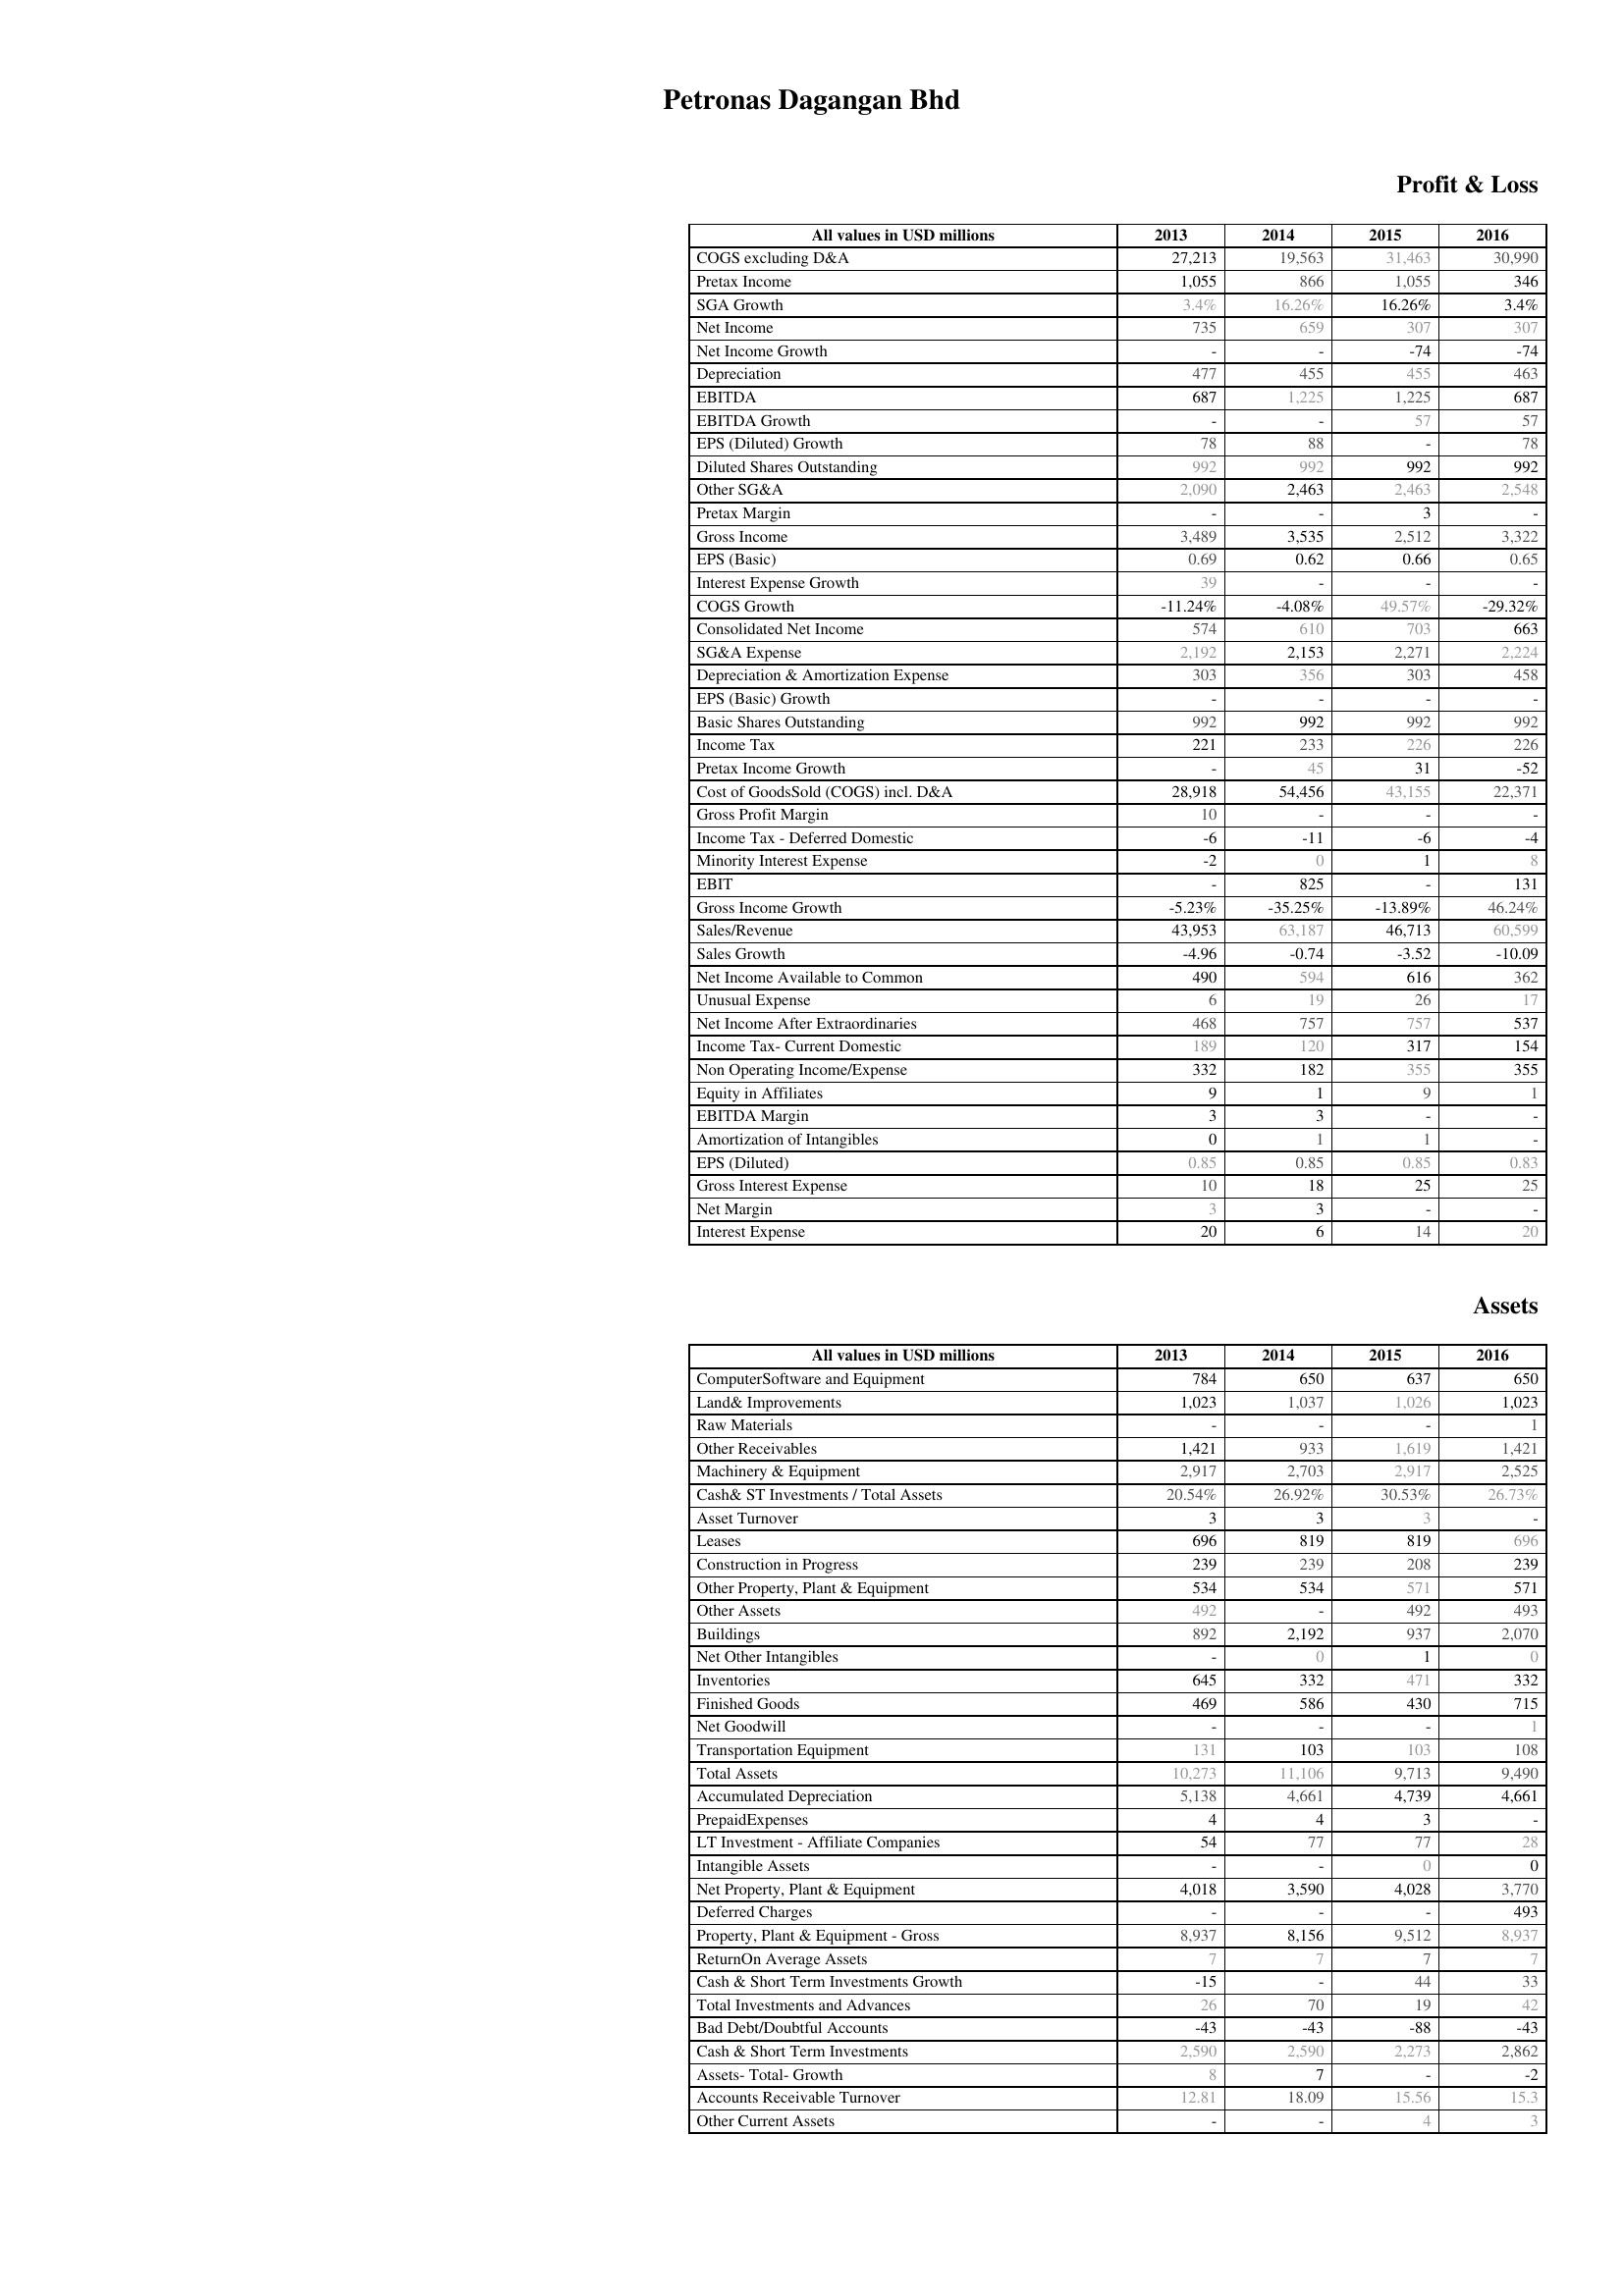
2013: Profit & Loss: COGS excluding D&A: 27,213
Pretax Income: 1,055
SGA Growth: 3.4%
Net Income: 735
Net Income Growth: -
Depreciation: 477
EBITDA: 687
EBITDA Growth: -
EPS (Diluted) Growth: 78
Diluted Shares Outstanding: 992
Other SG&A: 2,090
Pretax Margin: -
Gross Income: 3,489
EPS (Basic): 0.69
Interest Expense Growth: 39
COGS Growth: -11.24%
Consolidated Net Income: 574
SG&A Expense: 2,192
Depreciation & Amortization Expense: 303
EPS (Basic) Growth: -
Basic Shares Outstanding: 992
Income Tax: 221
Pretax Income Growth: -
Cost of GoodsSold (COGS) incl. D&A: 28,918
Gross Profit Margin: 10
Income Tax - Deferred Domestic: -6
Minority Interest Expense: -2
EBIT: -
Gross Income Growth: -5.23%
Sales/Revenue: 43,953
Sales Growth: -4.96
Net Income Available to Common: 490
Unusual Expense: 6
Net Income After Extraordinaries: 468
Income Tax- Current Domestic: 189
Non Operating Income/Expense: 332
Equity in Affiliates: 9
EBITDA Margin: 3
Amortization of Intangibles: 0
EPS (Diluted): 0.85
Gross Interest Expense: 10
Net Margin: 3
Interest Expense: 20
Assets: ComputerSoftware and Equipment: 784
Land& Improvements: 1,023
Raw Materials: -
Other Receivables: 1,421
Machinery & Equipment: 2,917
Cash& ST Investments / Total Assets: 20.54%
Asset Turnover: 3
Leases: 696
Construction in Progress: 239
Other Property, Plant & Equipment: 534
Other Assets: 492
Buildings: 892
Net Other Intangibles: -
Inventories: 645
Finished Goods: 469
Net Goodwill: -
Transportation Equipment: 131
Total Assets: 10,273
Accumulated Depreciation: 5,138
PrepaidExpenses: 4
LT Investment - Affiliate Companies: 54
Intangible Assets: -
Net Property, Plant & Equipment: 4,018
Deferred Charges: -
Property, Plant & Equipment - Gross : 8,937
ReturnOn Average Assets: 7
Cash & Short Term Investments Growth: -15
Total Investments and Advances: 26
Bad Debt/Doubtful Accounts: -43
Cash & Short Term Investments: 2,590
Assets- Total- Growth: 8
Accounts Receivable Turnover: 12.81
Other Current Assets: -
2014: Profit & Loss: COGS excluding D&A: 19,563
Pretax Income: 866
SGA Growth: 16.26%
Net Income: 659
Net Income Growth: -
Depreciation: 455
EBITDA: 1,225
EBITDA Growth: -
EPS (Diluted) Growth: 88
Diluted Shares Outstanding: 992
Other SG&A: 2,463
Pretax Margin: -
Gross Income: 3,535
EPS (Basic): 0.62
Interest Expense Growth: -
COGS Growth: -4.08%
Consolidated Net Income: 610
SG&A Expense: 2,153
Depreciation & Amortization Expense: 356
EPS (Basic) Growth: -
Basic Shares Outstanding: 992
Income Tax: 233
Pretax Income Growth: 45
Cost of GoodsSold (COGS) incl. D&A: 54,456
Gross Profit Margin: -
Income Tax - Deferred Domestic: -11
Minority Interest Expense: 0
EBIT: 825
Gross Income Growth: -35.25%
Sales/Revenue: 63,187
Sales Growth: -0.74
Net Income Available to Common: 594
Unusual Expense: 19
Net Income After Extraordinaries: 757
Income Tax- Current Domestic: 120
Non Operating Income/Expense: 182
Equity in Affiliates: 1
EBITDA Margin: 3
Amortization of Intangibles: 1
EPS (Diluted): 0.85
Gross Interest Expense: 18
Net Margin: 3
Interest Expense: 6
Assets: ComputerSoftware and Equipment: 650
Land& Improvements: 1,037
Raw Materials: -
Other Receivables: 933
Machinery & Equipment: 2,703
Cash& ST Investments / Total Assets: 26.92%
Asset Turnover: 3
Leases: 819
Construction in Progress: 239
Other Property, Plant & Equipment: 534
Other Assets: -
Buildings: 2,192
Net Other Intangibles: 0
Inventories: 332
Finished Goods: 586
Net Goodwill: -
Transportation Equipment: 103
Total Assets: 11,106
Accumulated Depreciation: 4,661
PrepaidExpenses: 4
LT Investment - Affiliate Companies: 77
Intangible Assets: -
Net Property, Plant & Equipment: 3,590
Deferred Charges: -
Property, Plant & Equipment - Gross : 8,156
ReturnOn Average Assets: 7
Cash & Short Term Investments Growth: -
Total Investments and Advances: 70
Bad Debt/Doubtful Accounts: -43
Cash & Short Term Investments: 2,590
Assets- Total- Growth: 7
Accounts Receivable Turnover: 18.09
Other Current Assets: -
2015: Profit & Loss: COGS excluding D&A: 31,463
Pretax Income: 1,055
SGA Growth: 16.26%
Net Income: 307
Net Income Growth: -74
Depreciation: 455
EBITDA: 1,225
EBITDA Growth: 57
EPS (Diluted) Growth: -
Diluted Shares Outstanding: 992
Other SG&A: 2,463
Pretax Margin: 3
Gross Income: 2,512
EPS (Basic): 0.66
Interest Expense Growth: -
COGS Growth: 49.57%
Consolidated Net Income: 703
SG&A Expense: 2,271
Depreciation & Amortization Expense: 303
EPS (Basic) Growth: -
Basic Shares Outstanding: 992
Income Tax: 226
Pretax Income Growth: 31
Cost of GoodsSold (COGS) incl. D&A: 43,155
Gross Profit Margin: -
Income Tax - Deferred Domestic: -6
Minority Interest Expense: 1
EBIT: -
Gross Income Growth: -13.89%
Sales/Revenue: 46,713
Sales Growth: -3.52
Net Income Available to Common: 616
Unusual Expense: 26
Net Income After Extraordinaries: 757
Income Tax- Current Domestic: 317
Non Operating Income/Expense: 355
Equity in Affiliates: 9
EBITDA Margin: -
Amortization of Intangibles: 1
EPS (Diluted): 0.85
Gross Interest Expense: 25
Net Margin: -
Interest Expense: 14
Assets: ComputerSoftware and Equipment: 637
Land& Improvements: 1,026
Raw Materials: -
Other Receivables: 1,619
Machinery & Equipment: 2,917
Cash& ST Investments / Total Assets: 30.53%
Asset Turnover: 3
Leases: 819
Construction in Progress: 208
Other Property, Plant & Equipment: 571
Other Assets: 492
Buildings: 937
Net Other Intangibles: 1
Inventories: 471
Finished Goods: 430
Net Goodwill: -
Transportation Equipment: 103
Total Assets: 9,713
Accumulated Depreciation: 4,739
PrepaidExpenses: 3
LT Investment - Affiliate Companies: 77
Intangible Assets: 0
Net Property, Plant & Equipment: 4,028
Deferred Charges: -
Property, Plant & Equipment - Gross : 9,512
ReturnOn Average Assets: 7
Cash & Short Term Investments Growth: 44
Total Investments and Advances: 19
Bad Debt/Doubtful Accounts: -88
Cash & Short Term Investments: 2,273
Assets- Total- Growth: -
Accounts Receivable Turnover: 15.56
Other Current Assets: 4
2016: Profit & Loss: COGS excluding D&A: 30,990
Pretax Income: 346
SGA Growth: 3.4%
Net Income: 307
Net Income Growth: -74
Depreciation: 463
EBITDA: 687
EBITDA Growth: 57
EPS (Diluted) Growth: 78
Diluted Shares Outstanding: 992
Other SG&A: 2,548
Pretax Margin: -
Gross Income: 3,322
EPS (Basic): 0.65
Interest Expense Growth: -
COGS Growth: -29.32%
Consolidated Net Income: 663
SG&A Expense: 2,224
Depreciation & Amortization Expense: 458
EPS (Basic) Growth: -
Basic Shares Outstanding: 992
Income Tax: 226
Pretax Income Growth: -52
Cost of GoodsSold (COGS) incl. D&A: 22,371
Gross Profit Margin: -
Income Tax - Deferred Domestic: -4
Minority Interest Expense: 8
EBIT: 131
Gross Income Growth: 46.24%
Sales/Revenue: 60,599
Sales Growth: -10.09
Net Income Available to Common: 362
Unusual Expense: 17
Net Income After Extraordinaries: 537
Income Tax- Current Domestic: 154
Non Operating Income/Expense: 355
Equity in Affiliates: 1
EBITDA Margin: -
Amortization of Intangibles: -
EPS (Diluted): 0.83
Gross Interest Expense: 25
Net Margin: -
Interest Expense: 20
Assets: ComputerSoftware and Equipment: 650
Land& Improvements: 1,023
Raw Materials: 1
Other Receivables: 1,421
Machinery & Equipment: 2,525
Cash& ST Investments / Total Assets: 26.73%
Asset Turnover: -
Leases: 696
Construction in Progress: 239
Other Property, Plant & Equipment: 571
Other Assets: 493
Buildings: 2,070
Net Other Intangibles: 0
Inventories: 332
Finished Goods: 715
Net Goodwill: 1
Transportation Equipment: 108
Total Assets: 9,490
Accumulated Depreciation: 4,661
PrepaidExpenses: -
LT Investment - Affiliate Companies: 28
Intangible Assets: 0
Net Property, Plant & Equipment: 3,770
Deferred Charges: 493
Property, Plant & Equipment - Gross : 8,937
ReturnOn Average Assets: 7
Cash & Short Term Investments Growth: 33
Total Investments and Advances: 42
Bad Debt/Doubtful Accounts: -43
Cash & Short Term Investments: 2,862
Assets- Total- Growth: -2
Accounts Receivable Turnover: 15.3
Other Current Assets: 3